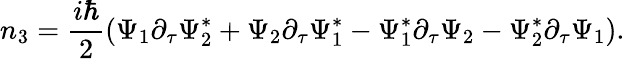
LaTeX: n_{3}={\frac{i\hbar}{2}}{\left(\Psi_{1}\partial_{\tau}\Psi_{2}^{\ast}+\Psi_{2}\partial_{\tau}\Psi_{1}^{\ast}-\Psi_{1}^{\ast}\partial_{\tau}\Psi_{2}-\Psi_{2}^{\ast}\partial_{\tau}\Psi_{1}\right)}.